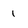
Character: 1